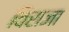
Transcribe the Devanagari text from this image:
विराजा